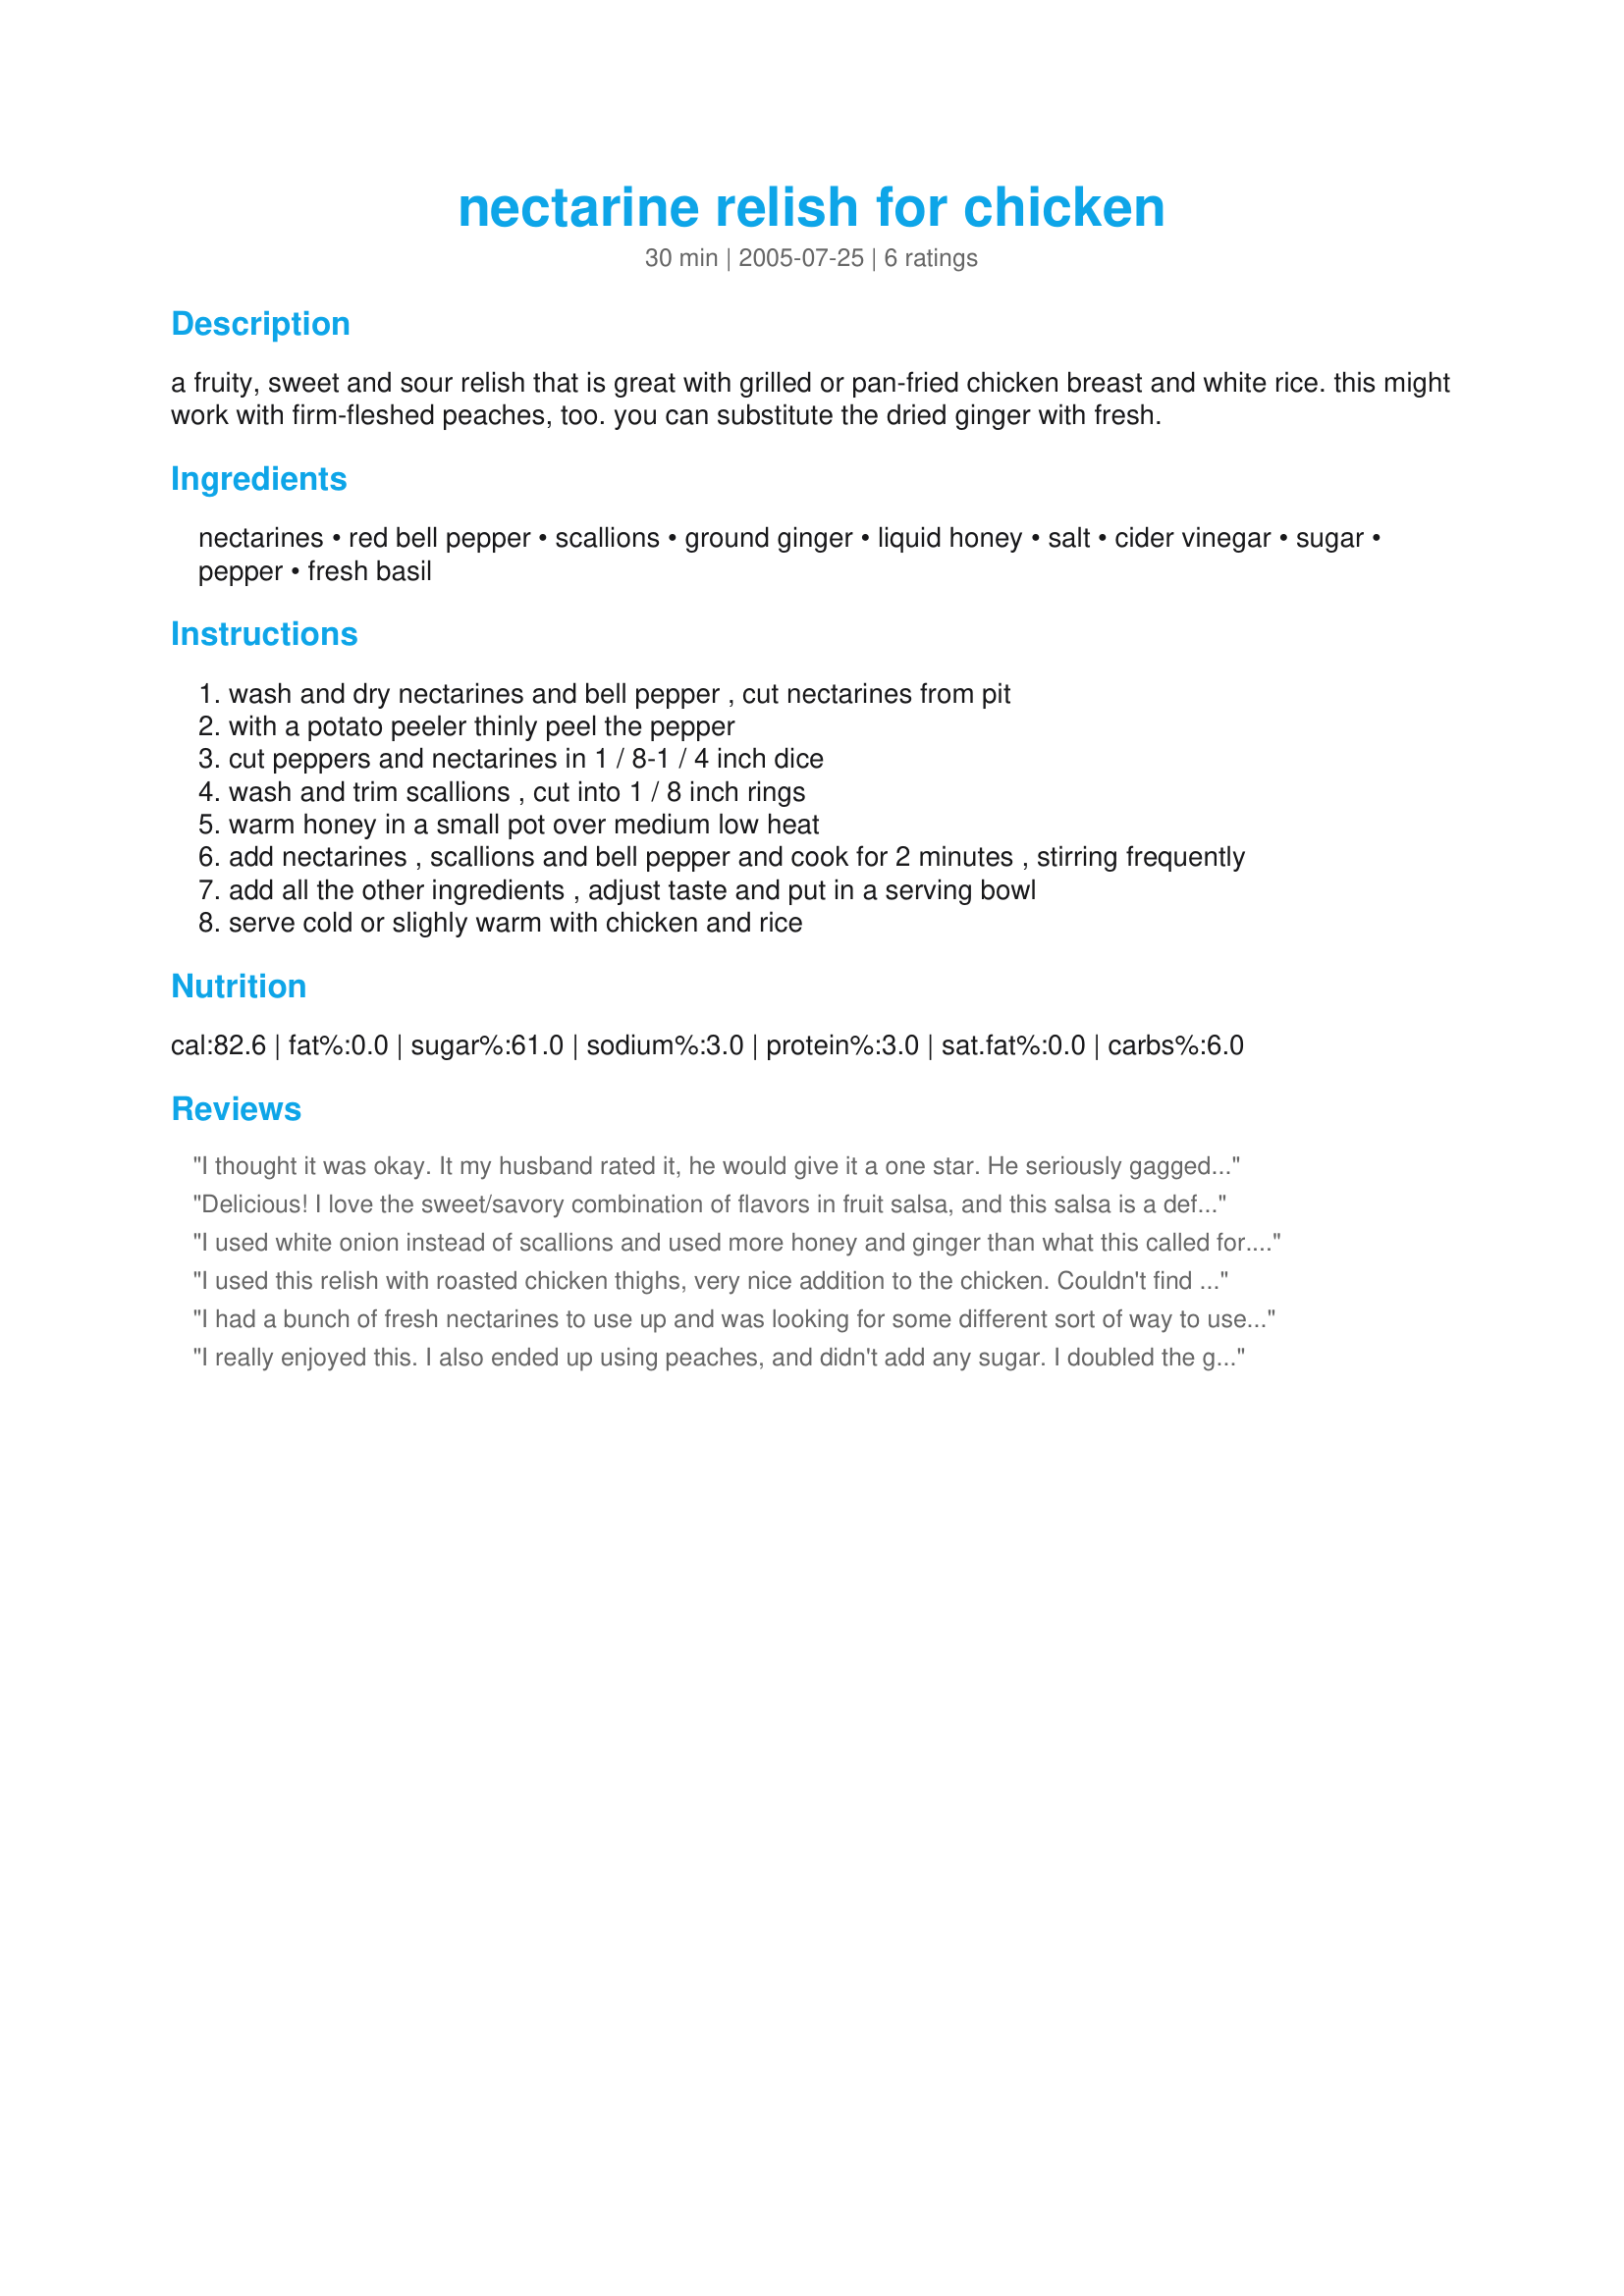
nectarine relish for chicken
Preparation time: 30 minutes

a fruity, sweet and sour relish that is great with grilled or pan-fried chicken breast and white rice. this might work with firm-fleshed peaches, too. you can substitute the dried ginger with fresh.

Ingredients:
nectarines, red bell pepper, scallions, ground ginger, liquid honey, salt, cider vinegar, sugar, pepper, fresh basil

Steps:
wash and dry nectarines and bell pepper , cut nectarines from pit
with a potato peeler thinly peel the pepper
cut peppers and nectarines in 1 / 8-1 / 4 inch dice
wash and trim scallions , cut into 1 / 8 inch rings
warm honey in a small pot over medium low heat
add nectarines , scallions and bell pepper and cook for 2 minutes , stirring frequently
add all the other ingredients , adjust taste and put in a serving bowl
serve cold or slighly warm with chicken and rice

Reviews:
I thought it was okay. It my husband rated it, he would give it a one star. He seriously gagged on it and had to take it off of his chicken. I don't think I like the mixture of the tastes too well. I think I would have liked just a fruity relish better. The strong oniony, red peppery flavors were too much with the nectarines.
Delicious! I love the sweet/savory combination of flavors in fruit salsa, and this salsa is a definite winner. The ingredients work together very well and compliment each other perfectly. I served this cold over boneless chicken breasts which were grilled on the barbeque. I used white-fleshed nectarines and doubled the amount of fresh ginger. My family loved this and gave it 2-thumbs up. Thank you for sharing this wonderful recipe...it is definitely a keeper!!
I used white onion instead of scallions and used more honey and ginger than what this called for. It's delicious! I'll make it again.
I used this relish with roasted chicken thighs, very nice addition to the chicken. Couldn't find nectarines, so I had to use peaches, they worked just fine. I used fresh grated ginger. What a great idea to use the potato pealer to peal the red pepper!! I'll be using that trick again. We enjoyed it very much it complimented the chicken, I think it might be good with fish also, maybe next time. Thanks for sharing a keeper!
I had a bunch of fresh nectarines to use up and was looking for some different sort of way to use them. This turned out wonderful, much better than I had expected. It went very well with roasted chicken. Thanks for the recipe!
I really enjoyed this. I also ended up using peaches, and didn't add any sugar. I doubled the ginger and the red pepper; next time, I think I'll roast the peppers to make peeling easier. Lovely dish!
